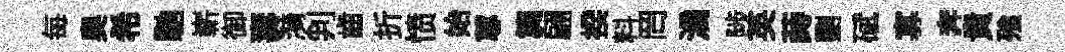
每奥希馳嶄御夀漪判齒折愤始蓴簨翩揆料罔滴陟英蒔劉碔寡奔貴飱